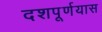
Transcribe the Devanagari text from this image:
दशपूर्णयास